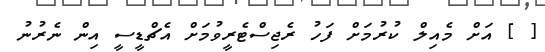
[ ] އަށް މެއިލް ކުރުމަށް ފަހު ރެޖިސްޓެރީވުމަށް އެޗްޑީސީ އިން ނެރުނު